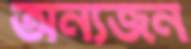
অন্যজন